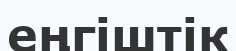
еңгіштік